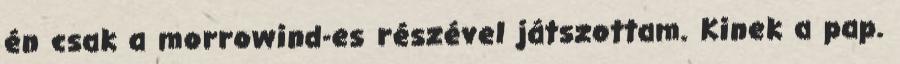
én csak a morrowind-es részével játszottam. Kinek a pap.